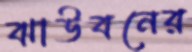
ঝাউবনের